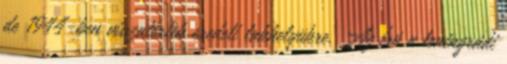
de 1944-ben visszatértek eredeti lakhelyükre. Az író a leningrádi